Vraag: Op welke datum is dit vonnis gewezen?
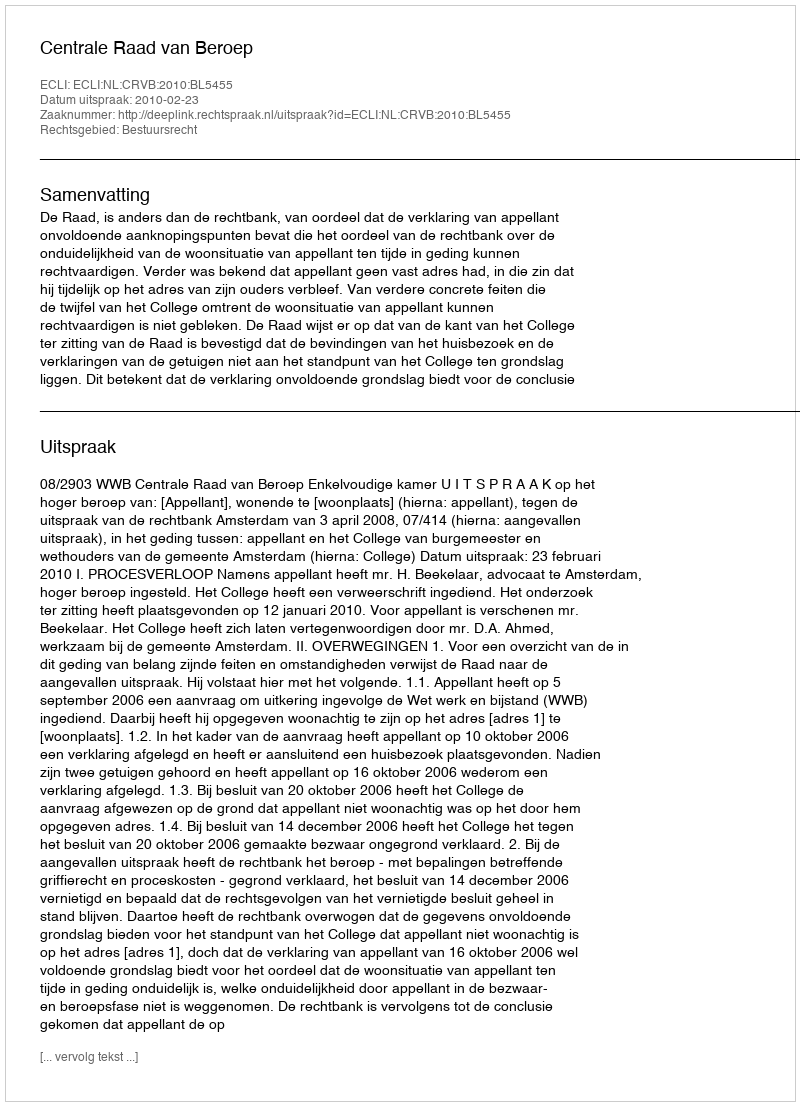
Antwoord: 2010-02-23